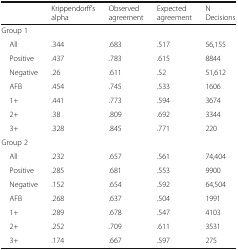
<table><thead><tr><td></td><td><b>Krippendorff’s alpha</b></td><td><b>Observed agreement</b></td><td><b>Expected agreement</b></td><td><b>N Decisions</b></td></tr></thead><tbody><tr><td colspan="5">Group 1</td></tr><tr><td> All</td><td>.344</td><td>.683</td><td>.517</td><td>56,155</td></tr><tr><td> Positive</td><td>.437</td><td>.783</td><td>.615</td><td>8844</td></tr><tr><td> Negative</td><td>.26</td><td>.611</td><td>.52</td><td>51,612</td></tr><tr><td> AFB</td><td>.454</td><td>.745</td><td>.533</td><td>1606</td></tr><tr><td> 1+</td><td>.441</td><td>.773</td><td>.594</td><td>3674</td></tr><tr><td> 2+</td><td>.38</td><td>.809</td><td>.692</td><td>3344</td></tr><tr><td> 3+</td><td>.328</td><td>.845</td><td>.771</td><td>220</td></tr><tr><td colspan="5">Group 2</td></tr><tr><td> All</td><td>.232</td><td>.657</td><td>.561</td><td>74,404</td></tr><tr><td> Positive</td><td>.285</td><td>.681</td><td>.553</td><td>9900</td></tr><tr><td> Negative</td><td>.152</td><td>.654</td><td>.592</td><td>64,504</td></tr><tr><td> AFB</td><td>.268</td><td>.637</td><td>.504</td><td>1991</td></tr><tr><td> 1+</td><td>.289</td><td>.678</td><td>.547</td><td>4103</td></tr><tr><td> 2+</td><td>.252</td><td>.709</td><td>.611</td><td>3531</td></tr><tr><td> 3+</td><td>.174</td><td>.667</td><td>.597</td><td>275</td></tr></tbody></table>